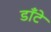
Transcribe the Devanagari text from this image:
डाँटे